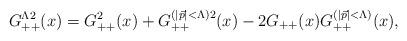
LaTeX: \begin{align*}G^{\Lambda 2}_{++}(x) = G_{++}^2(x) + G_{++}^{(\vert \vec p\vert <\Lambda) 2}(x) - 2 G_{++}(x) G_{++}^{(\vert \vec p\vert <\Lambda)}(x),\end{align*}